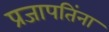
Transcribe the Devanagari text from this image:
प्रजापतिंना